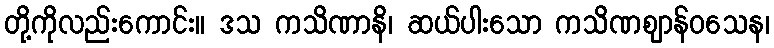
တို့ကိုလည်းကောင်း။ ဒသ ကသိဏာနိ၊ ဆယ်ပါးသော ကသိဏဈာန်ဝသေန၊